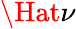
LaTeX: \Hat{\nu}